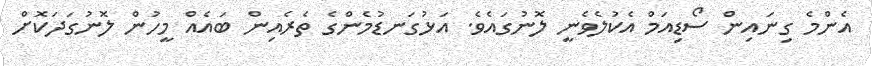
އެންމެ ގިނައިން ސޯޑިއަމް އެކުލެވެނީ ލޮނުގައެވެ. އަޅުގަނޑުމެންގެ ތެރެއިން ބައެއް މީހުން ލޮނުގަދަކޮށް